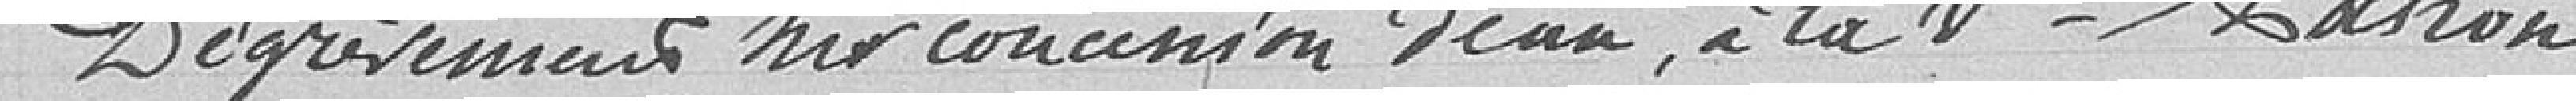
Dégrèvement sur concession d'eau, à la Veuve Cahon